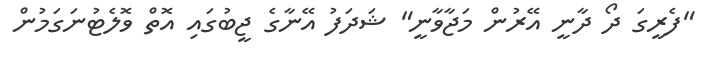
"ފެރީގަ ދޯ ދާނީ އޭރުން މަޖާވާނީ" ޝަދަފު އޭނާގެ ޖީބުގައި އޮތް ވޮލެޓުނަގަމުން